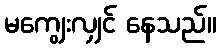
မကျွေးလျှင် နေသည်။